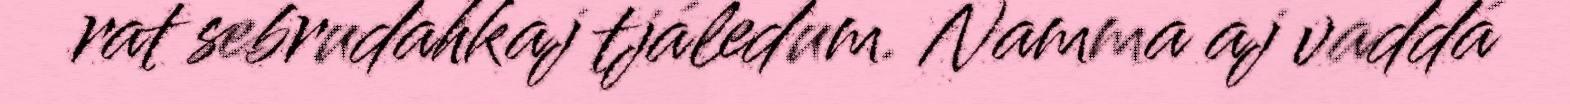
rat sebrudahkaj tjáledum. Namma aj vaddá